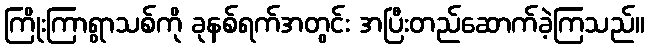
ကြိုးကြာရွာသစ်ကို ခုနစ်ရက်အတွင်း အပြီးတည်ဆောက်ခဲ့ကြသည်။